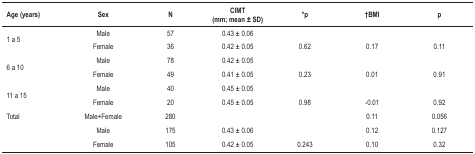
<table><thead><tr><td><b>Age (years)</b></td><td><b>Sex</b></td><td><b>N</b></td><td><b>CIMT (mm; mean±SD)</b></td><td><b>*P</b></td><td><b>†BMI</b></td><td><b>p</b></td></tr></thead><tbody><tr><td rowspan="2">1 a 5</td><td>Male</td><td>57</td><td>0.43±0.06</td><td> </td><td> </td><td> </td></tr><tr><td>Female</td><td>36</td><td>0.42±0.05</td><td>0.62</td><td>0.17</td><td>0.11</td></tr><tr><td rowspan="2">6 a 10</td><td>Male</td><td>78</td><td>0.42±0.05</td><td> </td><td> </td><td> </td></tr><tr><td>Female</td><td>49</td><td>0.41±0.05</td><td>0.23</td><td>0.01</td><td>0.91</td></tr><tr><td rowspan="2">11 a 15</td><td>Male</td><td>40</td><td>0.45±0.05</td><td> </td><td> </td><td> </td></tr><tr><td>Female</td><td>20</td><td>0.45±0.05</td><td>0.98</td><td>-0.01</td><td>0.92</td></tr><tr><td>Total</td><td>Male+Female</td><td>280</td><td> </td><td> </td><td>0.11</td><td>0.056</td></tr><tr><td> </td><td>Male</td><td>175</td><td>0.43±0.06</td><td> </td><td>0.12</td><td>0.127</td></tr><tr><td> </td><td>Female</td><td>105</td><td>0.42±0.05</td><td>0.243</td><td>0.10</td><td>0.32</td></tr></tbody></table>